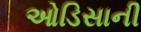
ઓડિસાની